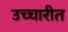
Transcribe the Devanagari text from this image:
उच्चारीत